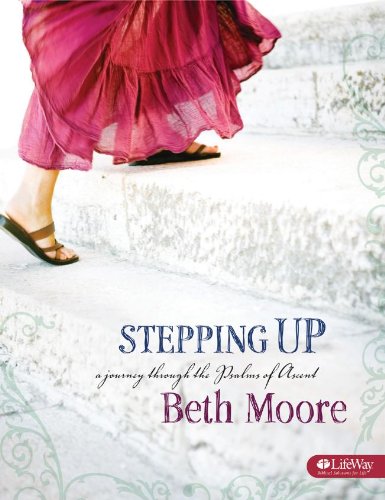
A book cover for Stepping Up: A Journey Through the Psalms of Ascent, Member Book; Beth Moore; Christian Books & Bibles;